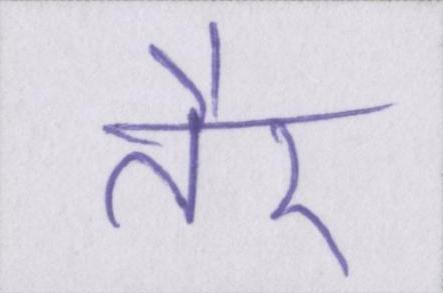
तैर